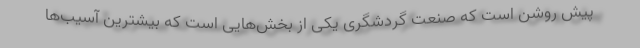
پیش روشن است که صنعت گردشگری یکی از بخش‌هایی است که بیشترین آسیب‌ها